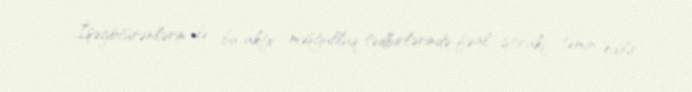
İşəgötürənlərin də bu aktiv məşğulluq tədbirlərində fəal iştirakı təmin edilir